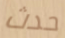
حدث